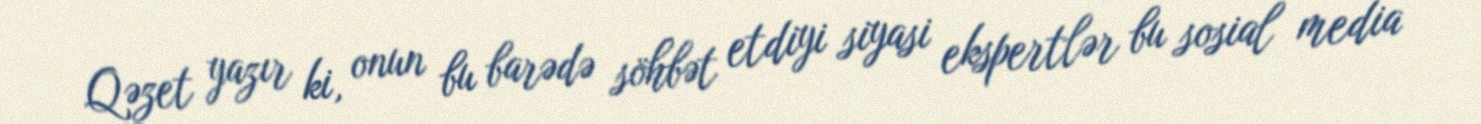
Qəzet yazır ki, onun bu barədə söhbət etdiyi siyasi ekspertlər bu sosial media